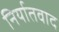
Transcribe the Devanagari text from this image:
निर्यातवाद